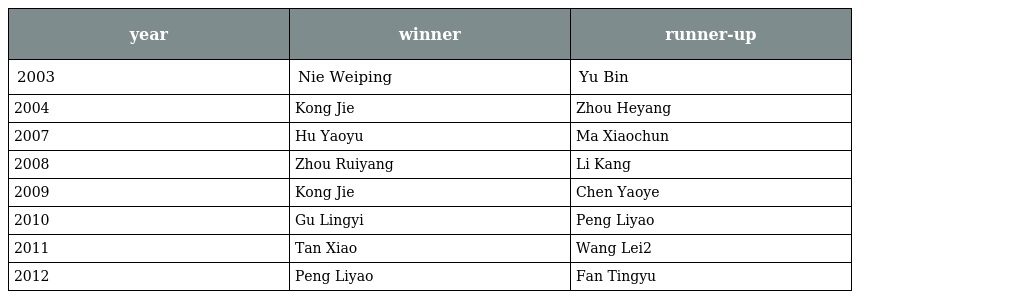
| year | winner | runner-up |
 | --- | --- | --- |
 | 2003 | Nie Weiping | Yu Bin |
 | 2004 | Kong Jie | Zhou Heyang |
 | 2007 | Hu Yaoyu | Ma Xiaochun |
 | 2008 | Zhou Ruiyang | Li Kang |
 | 2009 | Kong Jie | Chen Yaoye |
 | 2010 | Gu Lingyi | Peng Liyao |
 | 2011 | Tan Xiao | Wang Lei2 |
 | 2012 | Peng Liyao | Fan Tingyu |